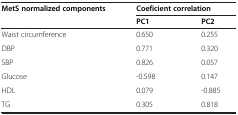
<table><thead><tr><td><b>MetS normalized components</b></td><td colspan="2"><b>Coeficient correlation</b></td></tr><tr><td><b> </b></td><td><b>PC1</b></td><td><b>PC2</b></td></tr></thead><tbody><tr><td>Waist circumference</td><td>0.650</td><td>0.255</td></tr><tr><td>DBP</td><td>0.771</td><td>0.320</td></tr><tr><td>SBP</td><td>0.826</td><td>0.057</td></tr><tr><td>Glucose</td><td>-0.598</td><td>0.147</td></tr><tr><td>HDL</td><td>0.079</td><td>-0.885</td></tr><tr><td>TG</td><td>0.305</td><td>0.818</td></tr></tbody></table>